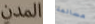
المدن مسالمة